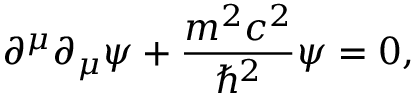
\partial ^ { \mu } \partial _ { \mu } \psi + { \frac { m ^ { 2 } c ^ { 2 } } { \hbar ^ { 2 } } } \psi = 0 ,